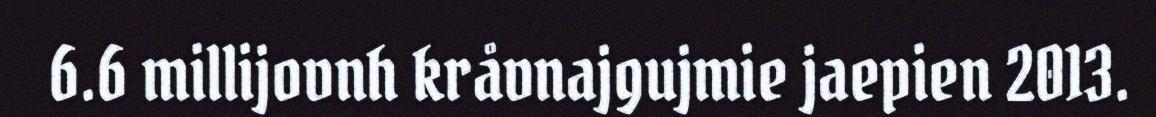
6.6 millijovnh kråvnajgujmie jaepien 2013.